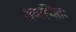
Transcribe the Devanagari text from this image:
अवस्थितः